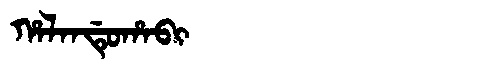
Manchu: ᡥᠠᠯᠠᠨᡩᡠᡥᠠᠪᡳ
Romanization: HALANDUHABI